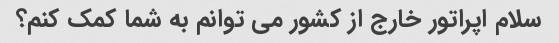
سلام اپراتور خارج از کشور می توانم به شما کمک کنم؟